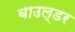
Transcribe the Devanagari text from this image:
बाउल्डर